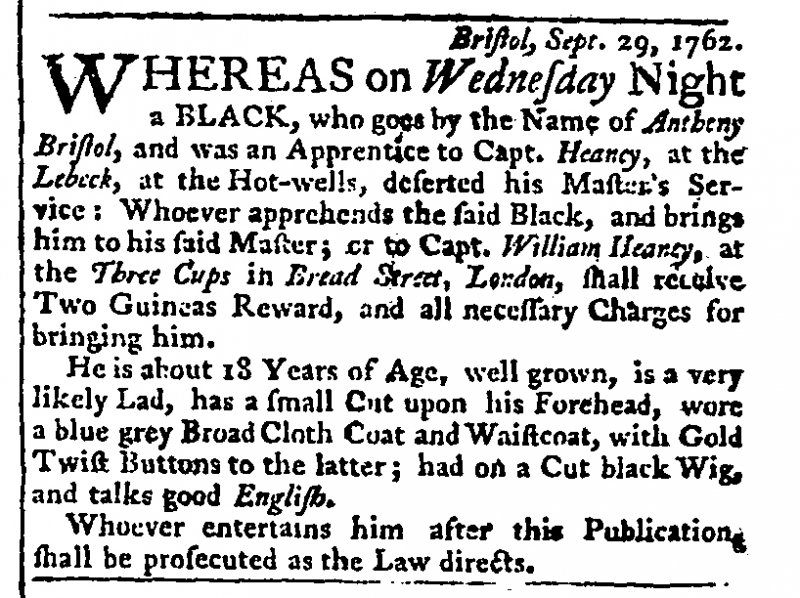
Lloyd's Evening Post and British Chronicle, 4 October 1762 (England)
                      Bristol, Sept. 29, 1762.WHEREAS on Wednesday Night a BLACK, who goes by the Name of Antheny Bristol, and was an Apprentice to Capt. Heaney, at the Lebeck, at the Hot-wells, deserted his Master’s Service: Whoever apprehends the said Black, and brings him to his said Master; or to Capt. William Heaney, at the Three Cups in Bread Street, London, shall receive Two Guineas Reward, and all necessary Charges for bringing him.  He is about 18 Years of Age, well grown, is a very likely Lad, has a small Cut upon his Forehead, wore a blue grey Broad Cloth Coat and Waistcoat, with Gold Twist Buttons to the latter; had on a Cut black Wig, and talks good English.  Whoever entertains him after this Publication, shall be prosecuted as the Law directs.